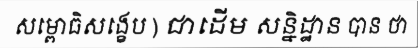
សម្ពោធិសង្ខេប ) ជាដើម សន្និដ្ឋាន បាន ថា